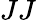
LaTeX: JJ